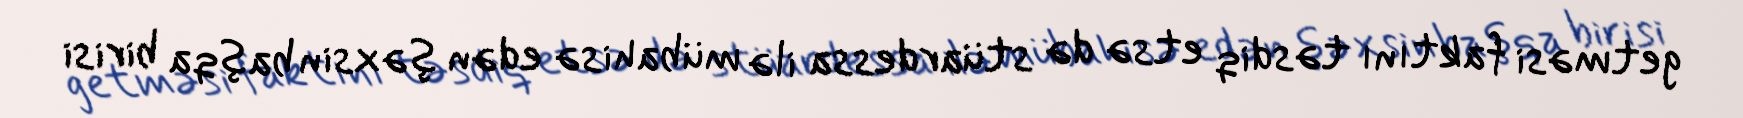
getməsi faktını təsdiq etsə də stüardessa ilə mübahisə edən şəxsin başqa birisi